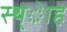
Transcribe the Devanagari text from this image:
स्थ्ेाह